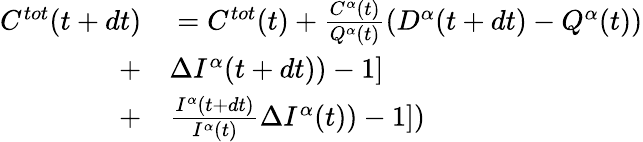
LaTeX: \begin{array}{rl}{C^{tot}(t+dt)}&{{}=C^{tot}(t)+\frac{C^{\alpha}(t)}{Q^{\alpha}(t)}(D^{\alpha}(t+dt)-Q^{\alpha}(t))}\\ {+}&{{}\Delta I^{\alpha}(t+dt))-1]}\\ {+}&{{}\frac{I^{\alpha}(t+dt)}{I^{\alpha}(t)}\Delta I^{\alpha}(t))-1])}\end{array}